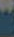
T